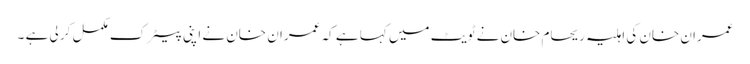
عمران خان کی اہلیہ ریحام خان نے ٹویٹ میں کہا ہے کہ عمران خان نے اپنی پیٹرک مکمل کر لی ہے ۔